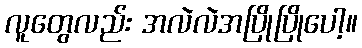
လူတွေလည်း အလဲလဲအပြိုပြိုပေါ့။